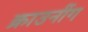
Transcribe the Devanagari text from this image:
क्राउनींग